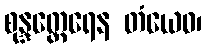
စုန္ဒတ္ထေရေန တံယေဝ၊